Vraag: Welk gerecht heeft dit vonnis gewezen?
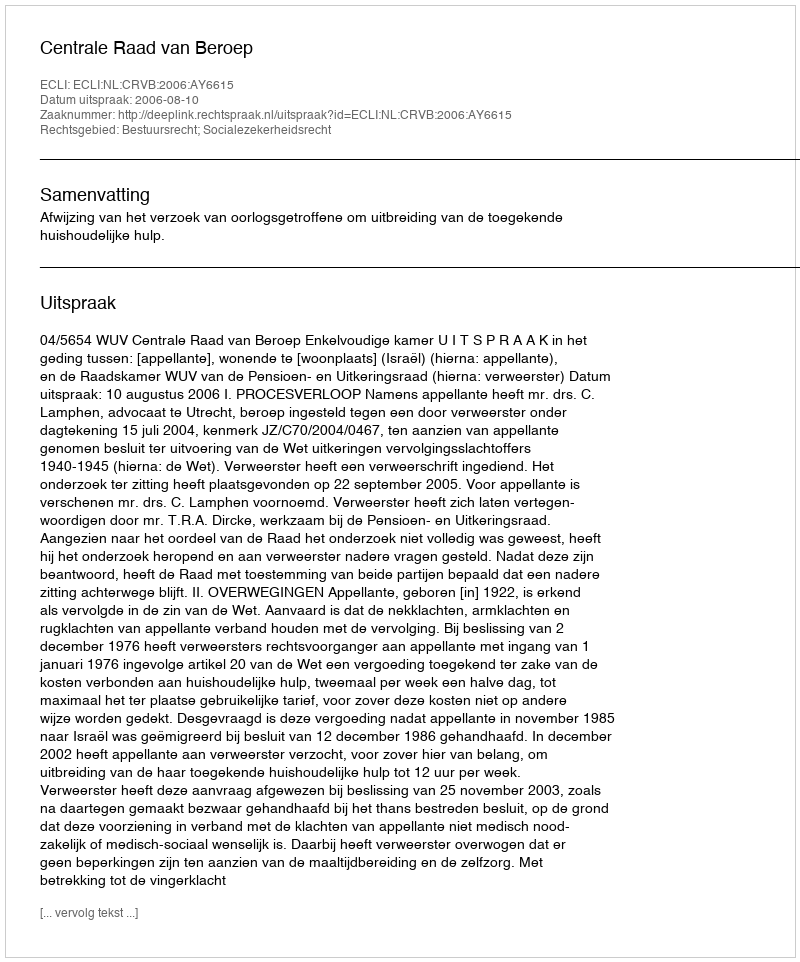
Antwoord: Centrale Raad van Beroep